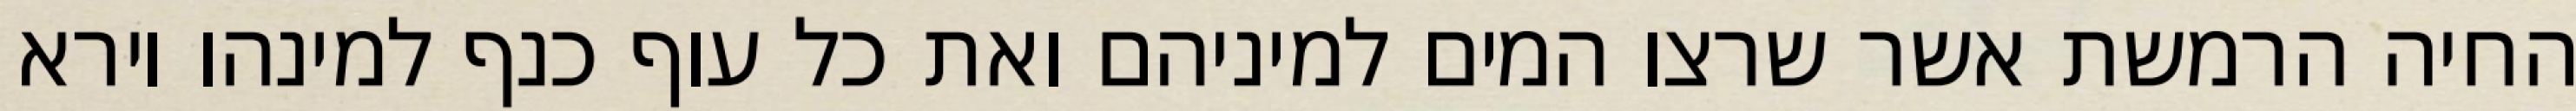
החיה הרמשת אשר שרצו המים למיניהם ואת כל עוף כנף למינהו וירא